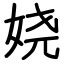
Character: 娆